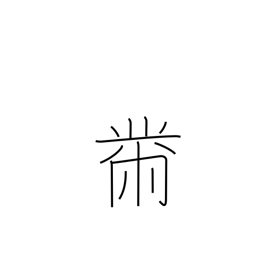
Meaning: sewing radical (no. 204)